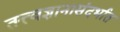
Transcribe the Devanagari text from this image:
तत्त्वज्ञानासंदर्भात